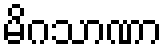
မိဂသာဏာ